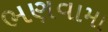
ભણવામા